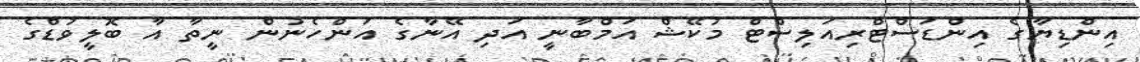
އިންޑިޔާގެ އިންޑަސްޓްރިއަލިސްޓް މުކޭޝް އަމްބާނީ އަދި އޭނާގެ އަންހެނުން ނީތާ އާ ބޮލީވުޑްގެ